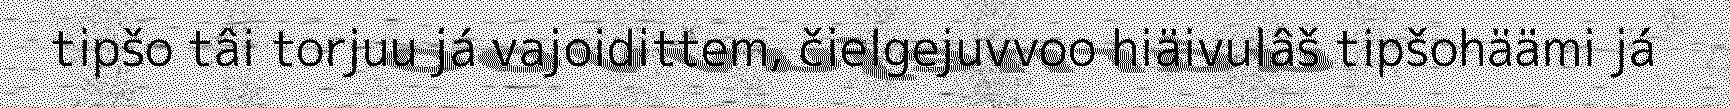
tipšo tâi torjuu já vajoidittem, čielgejuvvoo hiäivulâš tipšohäämi já